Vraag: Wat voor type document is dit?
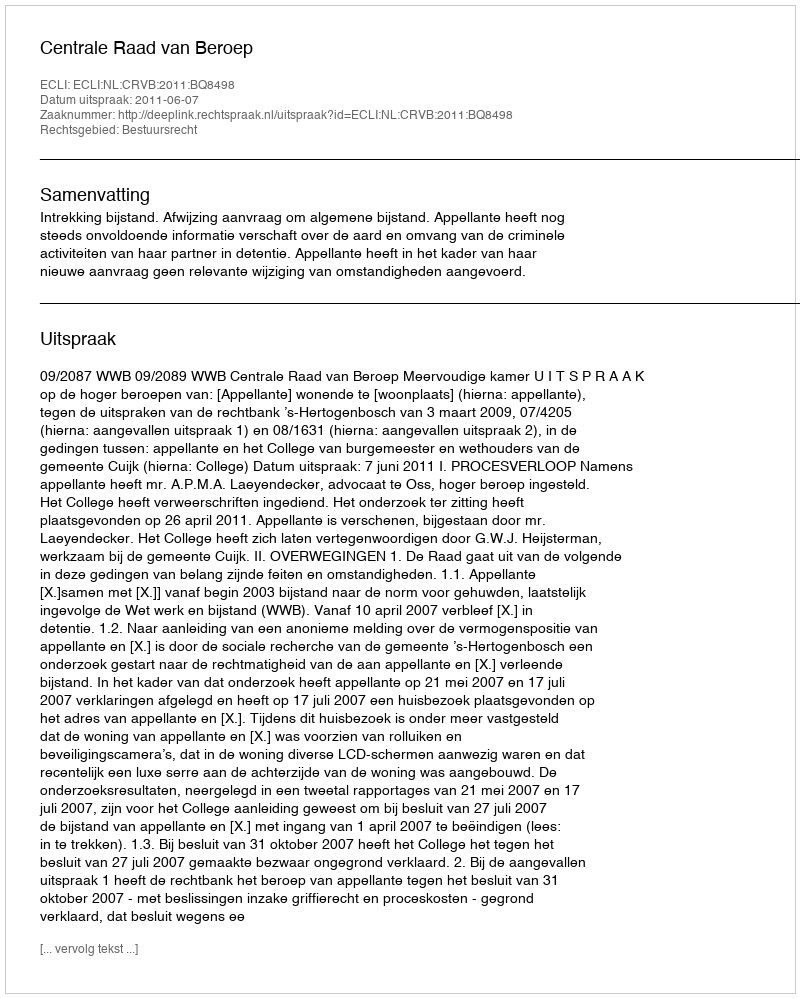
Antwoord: Uitspraak